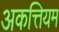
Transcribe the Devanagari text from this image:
अकत्तियम